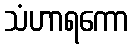
သံဟာရကော